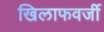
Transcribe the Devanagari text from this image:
खिलाफवर्जी